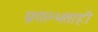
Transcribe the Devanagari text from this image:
प्रगल्भताही